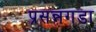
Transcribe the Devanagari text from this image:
प्रसन्नगडा